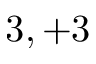
3 , + 3